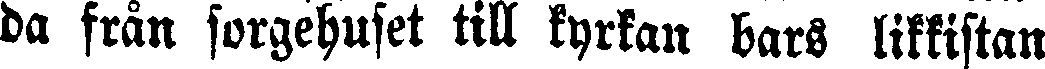
da från sorgehuset till kyrkan bars likkistan